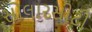
સોલારસીટી